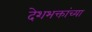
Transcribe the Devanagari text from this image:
देशभक्तांच्या